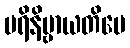
ပရိနိဗ္ဗာယတိပေ